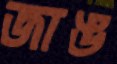
জাঙ